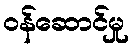
ဝန်ဆောင်မှု